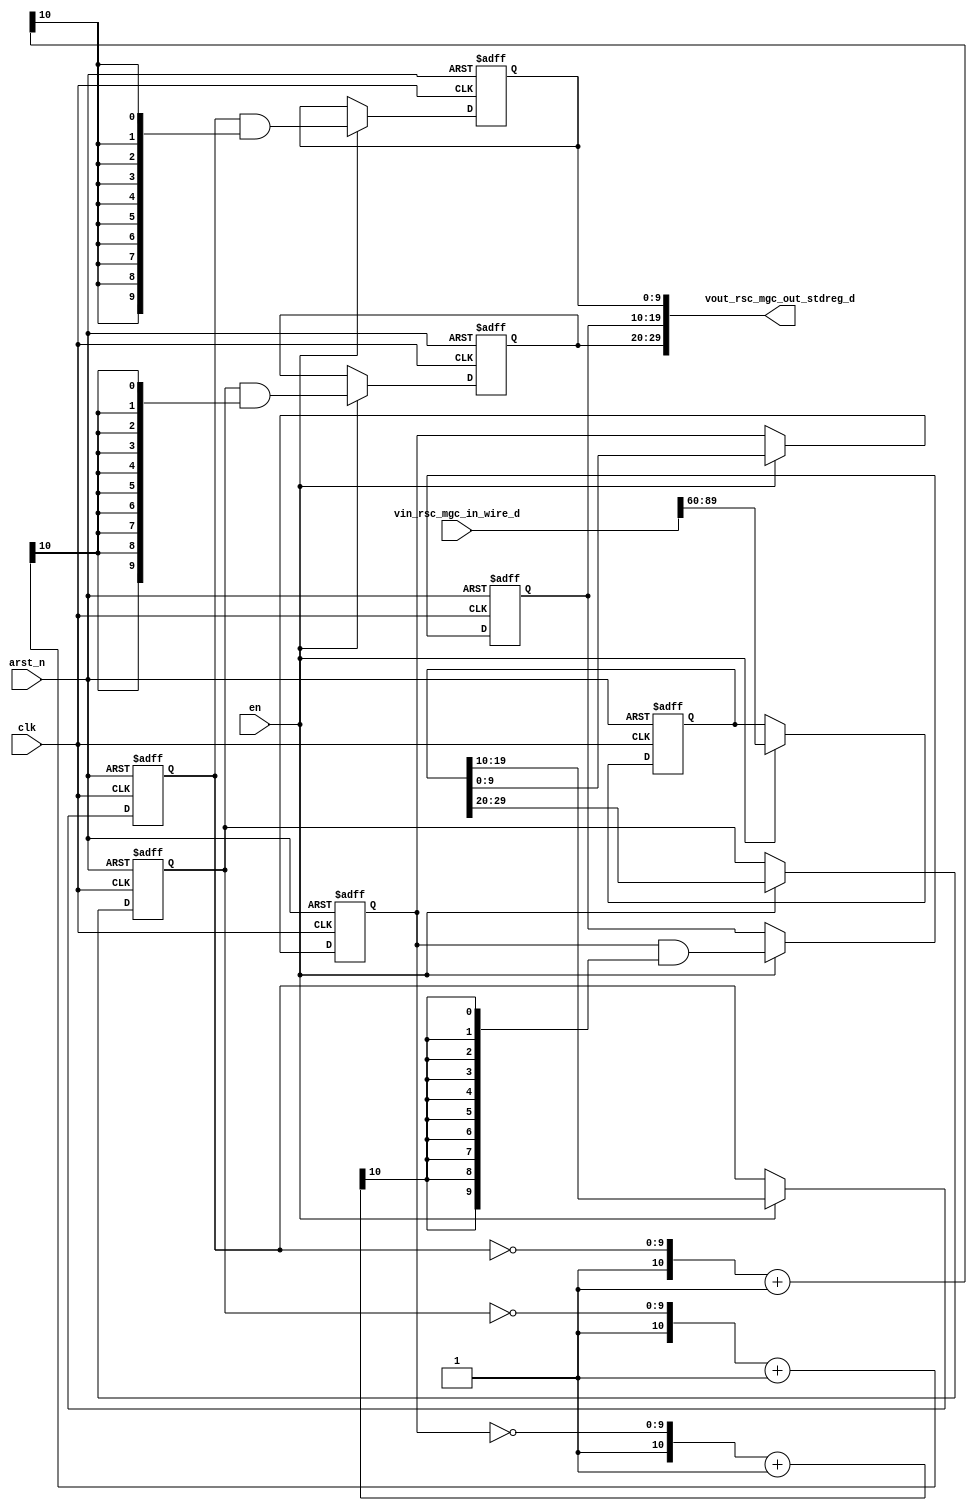
module motion_blur_core (
  clk, en, arst_n, vin_rsc_mgc_in_wire_d, vout_rsc_mgc_out_stdreg_d
);
  input clk;
  input en;
  input arst_n;
  input [149:0] vin_rsc_mgc_in_wire_d;
  output [29:0] vout_rsc_mgc_out_stdreg_d;


  // Interconnect Declarations
  reg [29:0] regs_regs_1_sg1_sva;
  reg [9:0] regs_regs_slc_regs_regs_2_sg1_2_itm;
  reg [9:0] regs_regs_slc_regs_regs_2_sg1_6_itm;
  reg [9:0] regs_regs_slc_regs_regs_2_sg1_4_itm;
  reg [9:0] reg_vout_rsc_mgc_out_stdreg_d_tmp;
  reg [9:0] reg_vout_rsc_mgc_out_stdreg_d_tmp_1;
  reg [9:0] reg_vout_rsc_mgc_out_stdreg_d_tmp_2;


  // Interconnect Declarations for Component Instantiations 
  assign vout_rsc_mgc_out_stdreg_d = {reg_vout_rsc_mgc_out_stdreg_d_tmp , reg_vout_rsc_mgc_out_stdreg_d_tmp_1
      , reg_vout_rsc_mgc_out_stdreg_d_tmp_2};
  always @(posedge clk or negedge arst_n) begin
    if ( ~ arst_n ) begin
      regs_regs_slc_regs_regs_2_sg1_2_itm <= 10'b0;
      regs_regs_slc_regs_regs_2_sg1_6_itm <= 10'b0;
      regs_regs_slc_regs_regs_2_sg1_4_itm <= 10'b0;
      regs_regs_1_sg1_sva <= 30'b0;
      reg_vout_rsc_mgc_out_stdreg_d_tmp <= 10'b0;
      reg_vout_rsc_mgc_out_stdreg_d_tmp_1 <= 10'b0;
      reg_vout_rsc_mgc_out_stdreg_d_tmp_2 <= 10'b0;
    end
    else begin
      if ( en ) begin
        regs_regs_slc_regs_regs_2_sg1_2_itm <= regs_regs_1_sg1_sva[29:20];
        regs_regs_slc_regs_regs_2_sg1_6_itm <= regs_regs_1_sg1_sva[9:0];
        regs_regs_slc_regs_regs_2_sg1_4_itm <= regs_regs_1_sg1_sva[19:10];
        regs_regs_1_sg1_sva <= vin_rsc_mgc_in_wire_d[89:60];
        reg_vout_rsc_mgc_out_stdreg_d_tmp <= regs_regs_slc_regs_regs_2_sg1_2_itm
            & (signext_10_1(readslicef_11_1_10((({1'b1 , (~ regs_regs_slc_regs_regs_2_sg1_2_itm)})
            + 11'b1))));
        reg_vout_rsc_mgc_out_stdreg_d_tmp_1 <= regs_regs_slc_regs_regs_2_sg1_6_itm
            & (signext_10_1(readslicef_11_1_10((({1'b1 , (~ regs_regs_slc_regs_regs_2_sg1_6_itm)})
            + 11'b1))));
        reg_vout_rsc_mgc_out_stdreg_d_tmp_2 <= regs_regs_slc_regs_regs_2_sg1_4_itm
            & (signext_10_1(readslicef_11_1_10((({1'b1 , (~ regs_regs_slc_regs_regs_2_sg1_4_itm)})
            + 11'b1))));
      end
    end
  end

  function [0:0] readslicef_11_1_10;
    input [10:0] vector;
    reg [10:0] tmp;
  begin
    tmp = vector >> 10;
    readslicef_11_1_10 = tmp[0:0];
  end
  endfunction


  function [9:0] signext_10_1;
    input [0:0] vector;
  begin
    signext_10_1= {{9{vector[0]}}, vector};
  end
  endfunction

endmodule
module motion_blur (
  vin_rsc_z, vout_rsc_z, clk, en, arst_n
);
  input [149:0] vin_rsc_z;
  output [29:0] vout_rsc_z;
  input clk;
  input en;
  input arst_n;


  // Interconnect Declarations
  wire [149:0] vin_rsc_mgc_in_wire_d;
  wire [29:0] vout_rsc_mgc_out_stdreg_d;


  // Interconnect Declarations for Component Instantiations 
  mgc_in_wire #(.rscid(1),
  .width(150)) vin_rsc_mgc_in_wire (
      .d(vin_rsc_mgc_in_wire_d),
      .z(vin_rsc_z)
    );
  mgc_out_stdreg #(.rscid(2),
  .width(30)) vout_rsc_mgc_out_stdreg (
      .d(vout_rsc_mgc_out_stdreg_d),
      .z(vout_rsc_z)
    );
  motion_blur_core motion_blur_core_inst (
      .clk(clk),
      .en(en),
      .arst_n(arst_n),
      .vin_rsc_mgc_in_wire_d(vin_rsc_mgc_in_wire_d),
      .vout_rsc_mgc_out_stdreg_d(vout_rsc_mgc_out_stdreg_d)
    );
endmodule